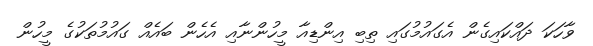
ވާހަކަ ދައްކައިގެން އެގައުމުގައި ތިބި އިންޑިއާ މީހުންނާއި އެހެން ބައެއް ގައުމުތަކުގެ މީހުން